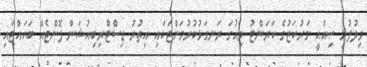
ވިލުފުށީ ޞިއްޙީ މަރުކަޒުގެ ކަރަންޓު ވިއުގަ ރަނގަޅުކުރުމަށްޓަކައި އިތުރު ޑިސްޓްރިބިއުޝަން ފޮށްޓެއް ބަހައްޓައި